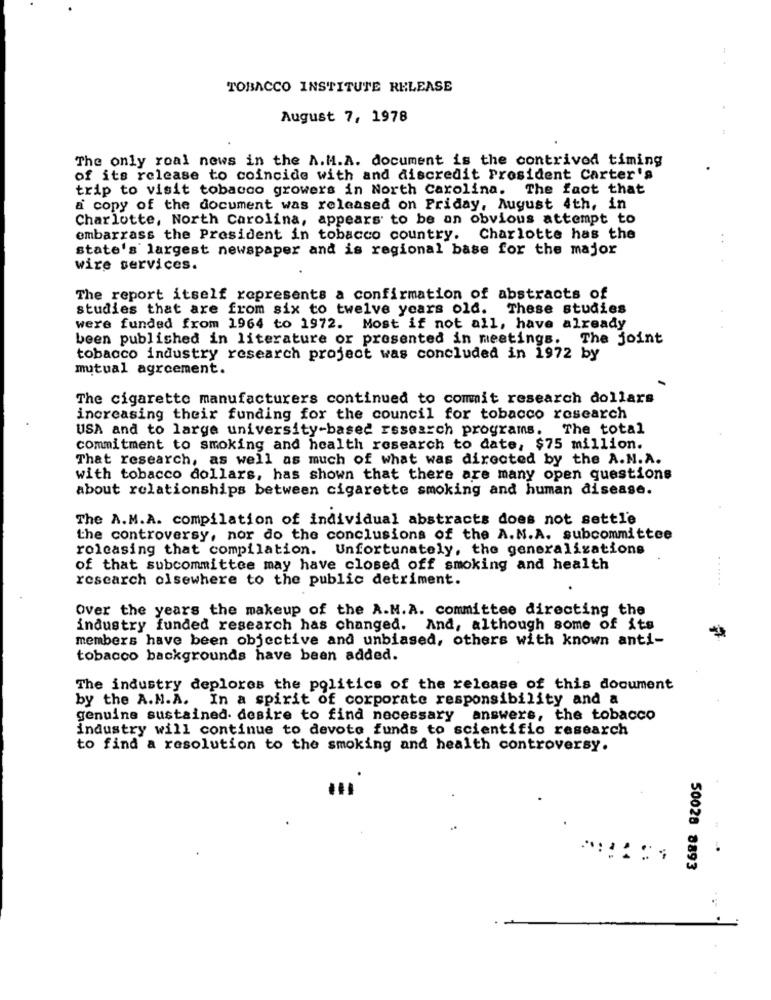
TOBACCO INSTITUTE RELEASE
August 7, 1978
The only roal news in the A.M.A. document is the contrived timing
of its release to coincide with and discredit Prosident Carter's
trip to visit tobacco growers in North Carolina. The fact that
a copy of the document was released on Friday, August 4th, in
Charlotte, North Carolina, appears to be an obvious attempt to
embarrass the President in tobacco country. Charlotte has the
state's largest newspaper and is regional base for the major
wire services.
The report itself represents a confirmation of abstracts of
studies that are from six to twelve years old. These studies
were funded from 1964 to 1972. Most if not all, have already
been published in literature or presented in meetings. The joint
tobacco industry research project was concluded in 1972 by
mutual agreement.
The cigarette manufacturers continued to commit research dollars
increasing their funding for the council for tobacco research
USA and to large university-based research programs.
The total
commitment to smoking and health research to date, $75 million.
That research, as well as much of what was directed by the A.N.A.
with tobacco dollars, has shown that there are many open questions
about relationships between cigarette smoking and human disease.
The A.M.A. compilation of individual abstracts does not settl'e
the controversy, nor do the conclusions of the A. N.A. subcommittee
rolcasing that compilation. Unfortunately, the generalizations
of that subcommittee may have closed off smoking and health
research elsewhere to the public detriment.
Over the years the makeup of the A.M.A. committee directing the
industry funded research has changed. And, although some of its
members have been objective and unbiased, others with known anti-
tobacco backgrounds have been added.
The industry deplores the politics of the release of this document
by the A.N.A. In a spirit of corporate responsibility and a
genuine sustained desire to find necessary answers, the tobacco
industry will continue to devote funds to scientific research
to find a resolution to the smoking and health controversy.
50028 8893